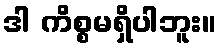
ဒါ ကိစ္စမရှိပါဘူး။